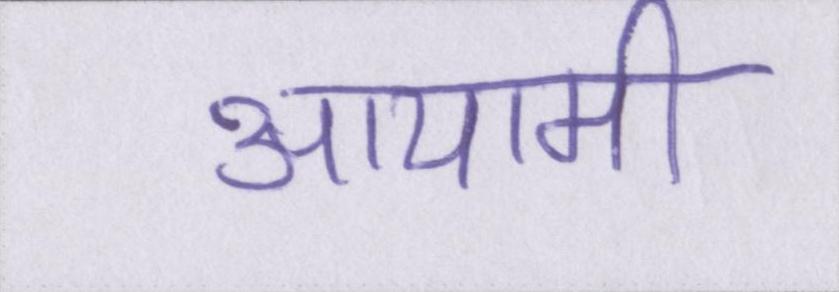
आयामी